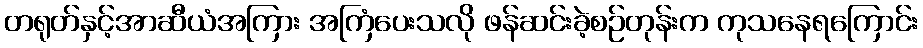
တရုတ်နှင့်အာဆီယံအကြား အကြံပေးသလို ဖန်ဆင်းခဲ့စဉ်တုန်းက ကုသနေရကြောင်း